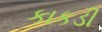
કાકડી